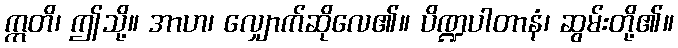
ဣတိ၊ ဤသို့။ အာဟ၊ လျှောက်ဆိုလေ၏။ ပိဏ္ဍပါတာနံ၊ ဆွမ်းတို့၏။